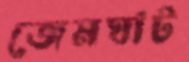
জেমঘাট